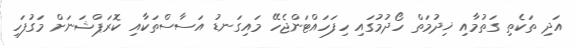
އަދި ތަކެތި ގަތުމާއި ޚިދުމަތް ހޯދުމުގައި ހިފަހައްޓަންޖެހޭ މައިގަނޑު އަސާސްތަކާއި ކޮރަޕްޝަނަށް މަގުފަހި